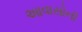
આવાસોની